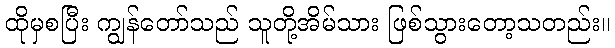
ထိုမှစပြီး ကျွန်တော်သည် သူတို့အိမ်သား ဖြစ်သွားတော့သတည်း။